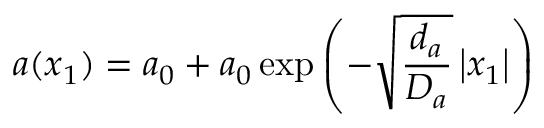
a ( x _ { 1 } ) = a _ { 0 } + a _ { 0 } \exp \left( - \sqrt { \frac { d _ { a } } { D _ { a } } } \left| x _ { 1 } \right| \right)